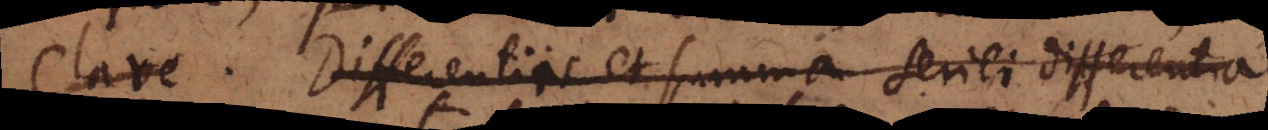
Clare. Differentias et summa senili differenta